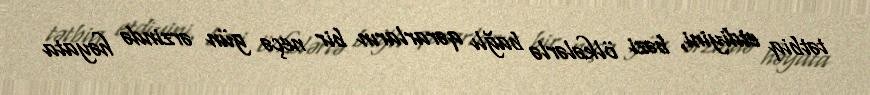
tətbiq etdiyini, bəzi ölkələrlə bağlı qərarların bir neçə gün ərzində həyata